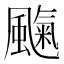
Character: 𩘞